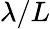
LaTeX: \lambda/L